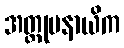
အတ္တုပနာယိက